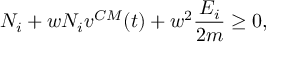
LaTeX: N _ { i } + w N _ { i } v ^ { C M } ( t ) + w ^ { 2 } \frac { E _ { i } } { 2 m } \ge 0 ,